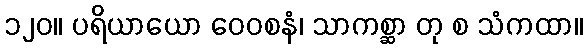
၁၂၀။ ပရိယာယော ဝေဝစနံ၊ သာကစ္ဆာ တု စ သံကထာ။